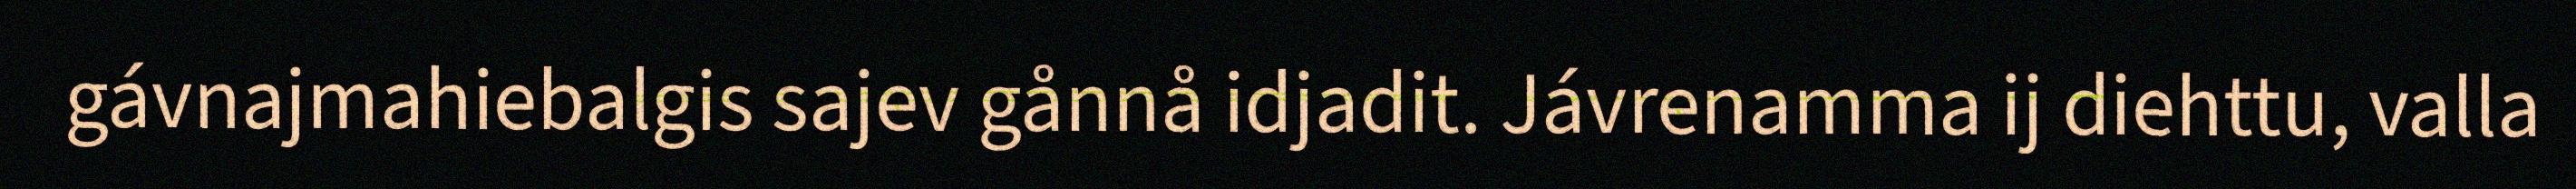
gávnajmahiebalgis sajev gånnå idjadit. Jávrenamma ij diehttu, valla